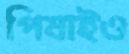
পিষাইও